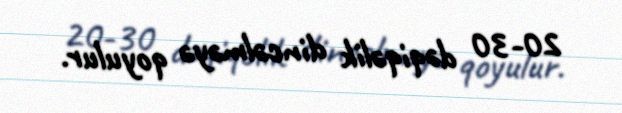
20-30 dəqiqəlik dincəlməyə qoyulur.